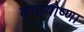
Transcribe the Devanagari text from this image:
कषायोष्णा